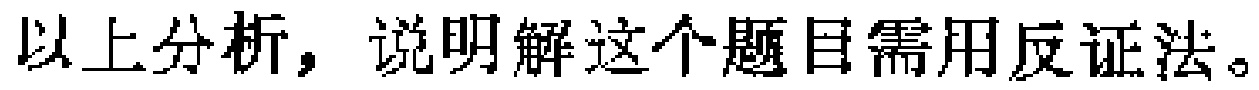
以上分析，说明解这个题目需用反证法。